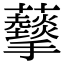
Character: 𧅩